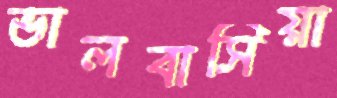
ভালবাসিয়া